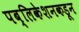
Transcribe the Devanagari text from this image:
पब्लिकेशनकडून